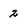
Character: 2